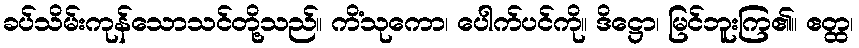
ခပ်သိမ်းကုန်သောသင်တို့သည်။ ကိံသုကော၊ ပေါက်ပင်ကို။ ဒိဋ္ဌော၊ မြင်ဘူးကြ၏။ ဧတ္ထ၊